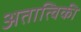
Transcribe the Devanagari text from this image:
अतात्विकी